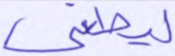
ليطغى